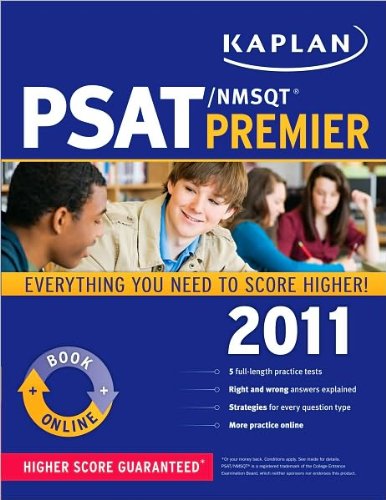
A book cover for Kaplan PSAT/NMSQT 2011 Premier (text only) Pap/Psc edition by Kaplan; Kaplan; Test Preparation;